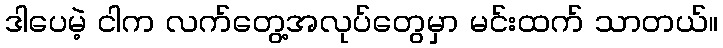
ဒါပေမဲ့ ငါက လက်တွေ့အလုပ်တွေမှာ မင်းထက် သာတယ်။